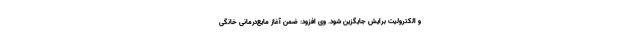
و الکترولیت برایش جایگزین شود. وی افزود: ضمن آغاز مایع‌درمانی خانگی